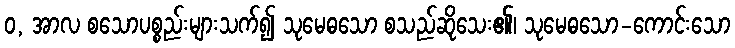
ဝ, အာလ စသောပစ္စည်းများသက်၍ သုမေဓသော စသည်ဆိုသေး၏၊ သုမေဓသော-ကောင်းသော